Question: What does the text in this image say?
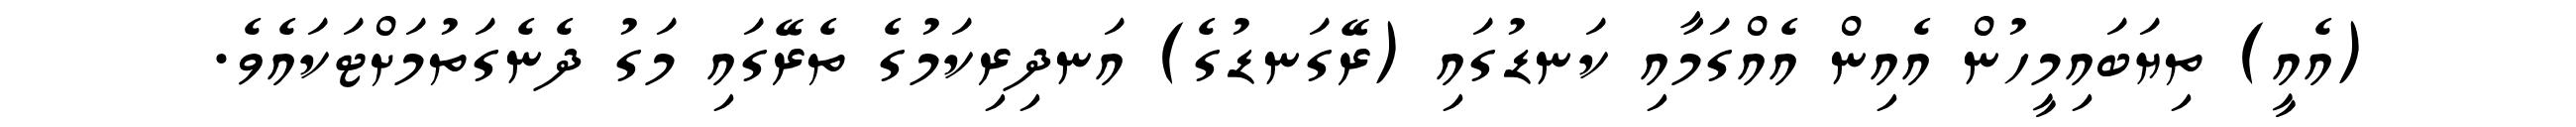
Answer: (އެއީ) ތިޔަބައިމީހުން އެއިން އެއްގަމާއި ކަނޑުގައި (ރޭގަނޑުގެ) އަނދިރިކަމުގެ ތެރޭގައި މަގު ދެނެގަތުމަށްޓަކައެވެ.